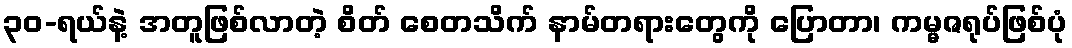
၃၀-ရယ်နဲ့ အတူဖြစ်လာတဲ့ စိတ် စေတသိက် နာမ်တရားတွေကို ပြောတာ၊ ကမ္မဇရုပ်ဖြစ်ပုံ